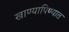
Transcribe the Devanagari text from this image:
खाण्यापिण्यात